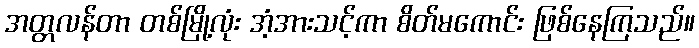
အတ္တလန်တာ တစ်မြို့လုံး အံ့အားသင့်ကာ စိတ်မကောင်း ဖြစ်နေကြသည်။